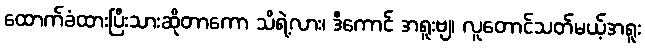
ထောက်ခံထားပြီးသားဆိုတာကော သိရဲ့လား၊ ဒီကောင် အရူးဗျ၊ လူတောင်သတ်မယ့်အရူး